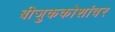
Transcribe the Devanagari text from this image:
बीजुककोशांवर